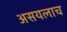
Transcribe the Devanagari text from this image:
असयलाच